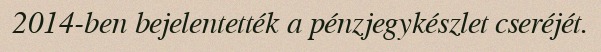
2014-ben bejelentették a pénzjegykészlet cseréjét.